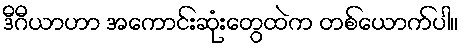
ဒီဂီယာဟာ အကောင်းဆုံးတွေထဲက တစ်ယောက်ပါ။